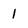
Character: l